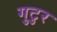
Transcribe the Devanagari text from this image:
गुटुर